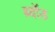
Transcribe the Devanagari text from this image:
ब्वॉड